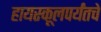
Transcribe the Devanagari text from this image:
हायस्कूलपर्यंतचे